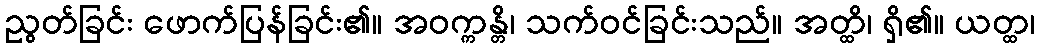
ညွတ်ခြင်း ဖောက်ပြန်ခြင်း၏။ အဝက္ကန္တိ၊ သက်ဝင်ခြင်းသည်။ အတ္ထိ၊ ရှိ၏။ ယတ္ထ၊